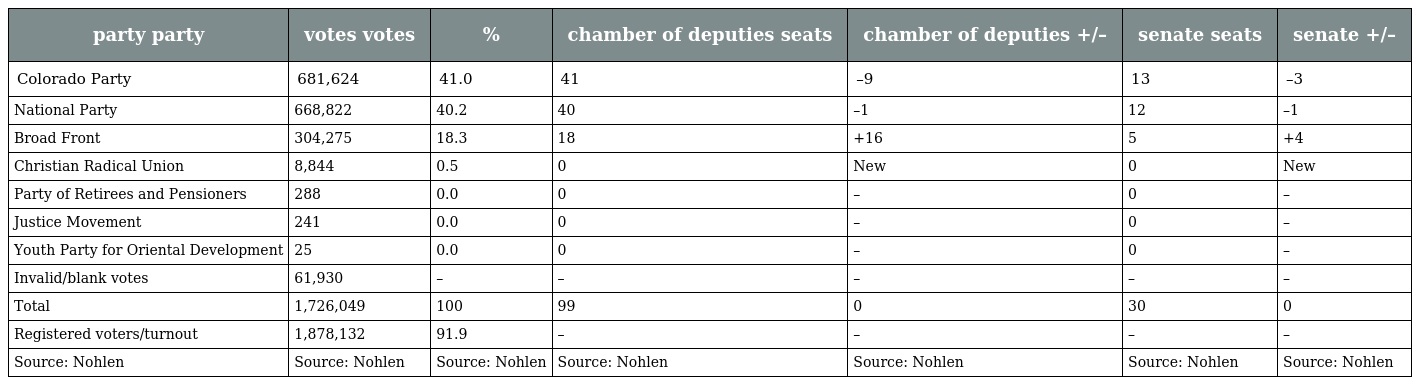
| party party | votes votes | % | chamber of deputies seats | chamber of deputies +/– | senate seats | senate +/– |
 | --- | --- | --- | --- | --- | --- | --- |
 | Colorado Party | 681,624 | 41.0 | 41 | –9 | 13 | –3 |
 | National Party | 668,822 | 40.2 | 40 | –1 | 12 | –1 |
 | Broad Front | 304,275 | 18.3 | 18 | +16 | 5 | +4 |
 | Christian Radical Union | 8,844 | 0.5 | 0 | New | 0 | New |
 | Party of Retirees and Pensioners | 288 | 0.0 | 0 | – | 0 | – |
 | Justice Movement | 241 | 0.0 | 0 | – | 0 | – |
 | Youth Party for Oriental Development | 25 | 0.0 | 0 | – | 0 | – |
 | Invalid/blank votes | 61,930 | – | – | – | – | – |
 | Total | 1,726,049 | 100 | 99 | 0 | 30 | 0 |
 | Registered voters/turnout | 1,878,132 | 91.9 | – | – | – | – |
 | Source: Nohlen | Source: Nohlen | Source: Nohlen | Source: Nohlen | Source: Nohlen | Source: Nohlen | Source: Nohlen |